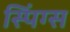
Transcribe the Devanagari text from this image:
स्पिंग्स